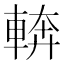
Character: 𮝔